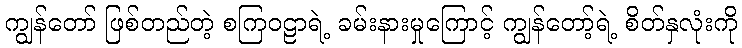
ကျွန်တော် ဖြစ်တည်တဲ့ စကြဝဠာရဲ့ ခမ်းနားမှုကြောင့် ကျွန်တော့်ရဲ့ စိတ်နှလုံးကို